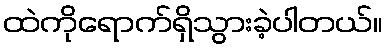
ထဲကိုရောက်ရှိသွားခဲ့ပါတယ်။